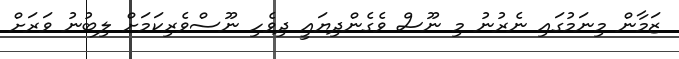
ޒަމާން މިނަމުގައި ނެރުނު މި ނޫސް ވެގެންދިޔައީ ދިވެހި ނޫސްވެރިކަމަށް ލިބުނު ވަރަށް